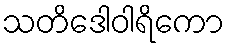
သတိဒေါဝါရိကော